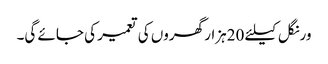
ورنگل کیلئے 20ہزار گھروں کی تعمیر کی جائے گی۔